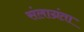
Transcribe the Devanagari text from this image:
संलाग्रंता